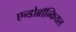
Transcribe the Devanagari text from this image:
एन्डोब्रॉन्कियल